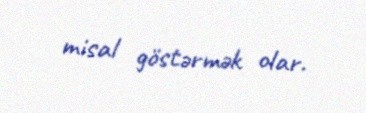
misal göstərmək olar.